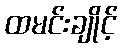
ထမင်းချိုင့်